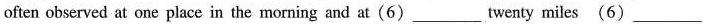
often observed at one place in the morning and at(6)___ twenty miles (6)___